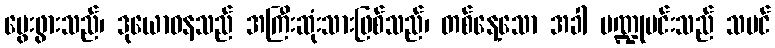
မွေးဖွားသည်၊ ဒုယောဓနသည် အကြီးဆုံးသားဖြစ်သည်၊ တစ်နေ့သော အခါ ပဏ္ဍုမင်းသည် သမင်